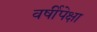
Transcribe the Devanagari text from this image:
वर्षीपेक्षा